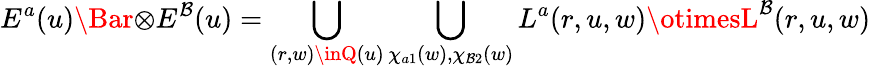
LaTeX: E^{a}(u)\Bar{\otimes}E^{\mathcal{B}}(u)=\bigcup_{(r,w)\inQ(u)}\bigcup_{\chi_{a1}(w),\chi_{\mathcal{B}2}(w)}L^{a}(r,u,w)\otimesL^{\mathcal{B}}(r,u,w)